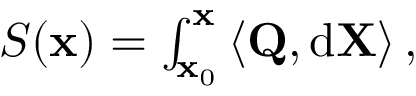
\begin{array} { r } { S ( \mathbf { x } ) = \int _ { \mathbf { x } _ { 0 } } ^ { \mathbf { x } } \left\langle \mathbf { Q } , \mathrm { d } \mathbf { X } \right\rangle , } \end{array}